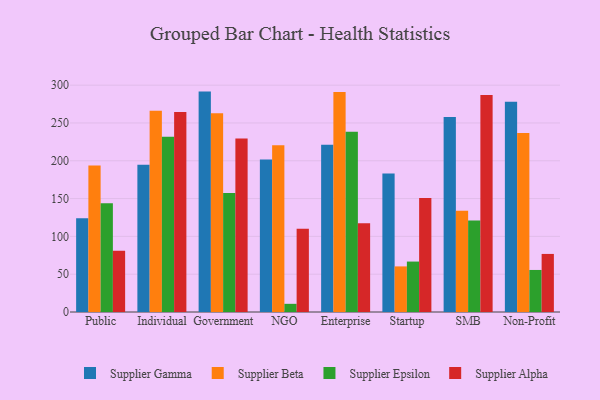
{"axis": {"x": "Segment", "y": "Shipments"}, "legend": ["Supplier Alpha", "Supplier Beta", "Supplier Epsilon", "Supplier Gamma"], "data": [{"x": "Public", "y": 124.1, "type": "Supplier Gamma"}, {"x": "Public", "y": 193.9, "type": "Supplier Beta"}, {"x": "Public", "y": 143.7, "type": "Supplier Epsilon"}, {"x": "Public", "y": 81.0, "type": "Supplier Alpha"}, {"x": "Individual", "y": 194.7, "type": "Supplier Gamma"}, {"x": "Individual", "y": 266.1, "type": "Supplier Beta"}, {"x": "Individual", "y": 231.7, "type": "Supplier Epsilon"}, {"x": "Individual", "y": 264.6, "type": "Supplier Alpha"}, {"x": "Government", "y": 291.5, "type": "Supplier Gamma"}, {"x": "Government", "y": 262.9, "type": "Supplier Beta"}, {"x": "Government", "y": 157.4, "type": "Supplier Epsilon"}, {"x": "Government", "y": 229.6, "type": "Supplier Alpha"}, {"x": "NGO", "y": 201.8, "type": "Supplier Gamma"}, {"x": "NGO", "y": 220.4, "type": "Supplier Beta"}, {"x": "NGO", "y": 10.8, "type": "Supplier Epsilon"}, {"x": "NGO", "y": 110.2, "type": "Supplier Alpha"}, {"x": "Enterprise", "y": 221.1, "type": "Supplier Gamma"}, {"x": "Enterprise", "y": 290.9, "type": "Supplier Beta"}, {"x": "Enterprise", "y": 238.5, "type": "Supplier Epsilon"}, {"x": "Enterprise", "y": 117.3, "type": "Supplier Alpha"}, {"x": "Startup", "y": 183.2, "type": "Supplier Gamma"}, {"x": "Startup", "y": 60.3, "type": "Supplier Beta"}, {"x": "Startup", "y": 66.7, "type": "Supplier Epsilon"}, {"x": "Startup", "y": 150.8, "type": "Supplier Alpha"}, {"x": "SMB", "y": 258.0, "type": "Supplier Gamma"}, {"x": "SMB", "y": 133.9, "type": "Supplier Beta"}, {"x": "SMB", "y": 120.9, "type": "Supplier Epsilon"}, {"x": "SMB", "y": 287.1, "type": "Supplier Alpha"}, {"x": "Non-Profit", "y": 278.2, "type": "Supplier Gamma"}, {"x": "Non-Profit", "y": 236.8, "type": "Supplier Beta"}, {"x": "Non-Profit", "y": 55.6, "type": "Supplier Epsilon"}, {"x": "Non-Profit", "y": 76.8, "type": "Supplier Alpha"}]}